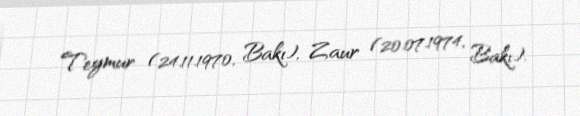
Teymur (24.11.1970, Bakı), Zaur (20.07.1974, Bakı).